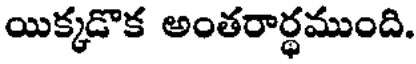
యిక్కడొక అంతరార్థముంది.